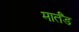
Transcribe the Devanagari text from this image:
मार्तँड